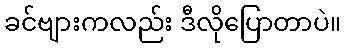
ခင်ဗျားကလည်း ဒီလိုပြောတာပဲ။